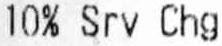
10% SRV CHG